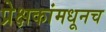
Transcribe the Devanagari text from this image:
प्रेक्षकांमधूनच